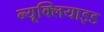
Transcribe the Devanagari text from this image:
न्यूक्लियाइड